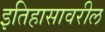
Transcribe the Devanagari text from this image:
इतिहासावरील